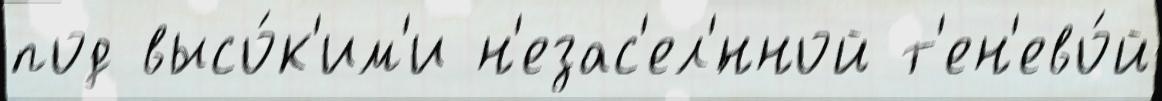
под высо́к'им'и н'езас'ел'́нной т'ен'ево́й